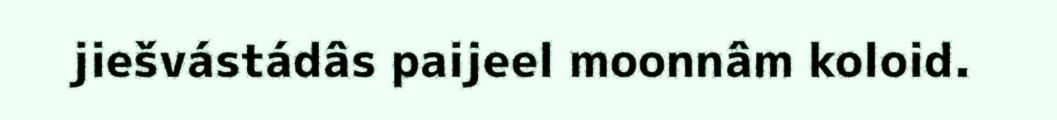
jiešvástádâs paijeel moonnâm koloid.